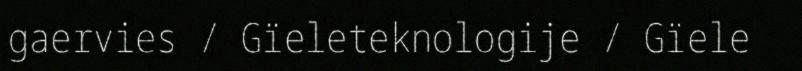
gaervies / Gïeleteknologije / Gïele